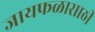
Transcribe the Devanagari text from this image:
जायफळासाठी